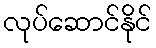
လုပ်ဆောင်နိုင်